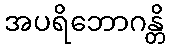
အပရိဘောဂန္တိ